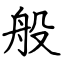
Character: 般